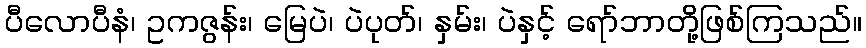
ပီလောပီနံ၊ ဥကဇွန်း၊ မြေပဲ၊ ပဲပုတ်၊ နှမ်း၊ ပဲနှင့် ရော်ဘာတို့ဖြစ်ကြသည်။